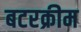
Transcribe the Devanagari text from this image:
बटरक्रीम